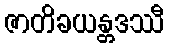
ဇာတိခယန္တဒဿီ